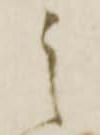
之